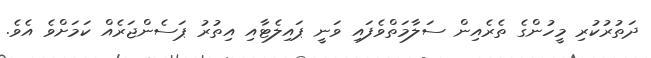
ދަތުރުކުރި މީހުންގެ ތެރެއިން ސަލާމަތްވެފައި ވަނީ ޕައިލެޓާއި އިތުރު ޕަސެންޖަރެއް ކަމަށްވެ އެވެ.